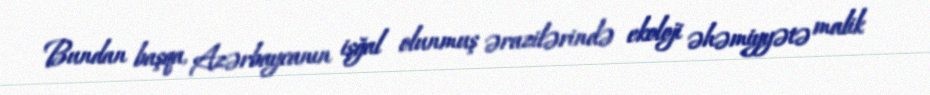
Bundan başqa, Azərbaycanın işğal olunmuş ərazilərində ekoloji əhəmiyyətə malik